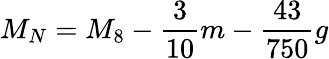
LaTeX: M_{N}=M_{8}-\frac{3}{10}m-\frac{43}{750}g